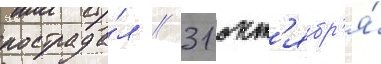
пострада́л // 31 окт'ябр'я́